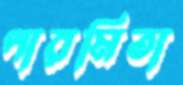
পারমিতা